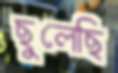
ছুলেছি